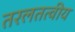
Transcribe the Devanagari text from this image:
तरलतत्वीय